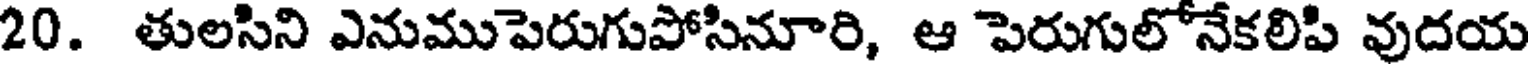
20. తులసిని ఎనుముపెరుగుపోసినూరి, ఆ పెరుగులోనేకలిపి వుదయ